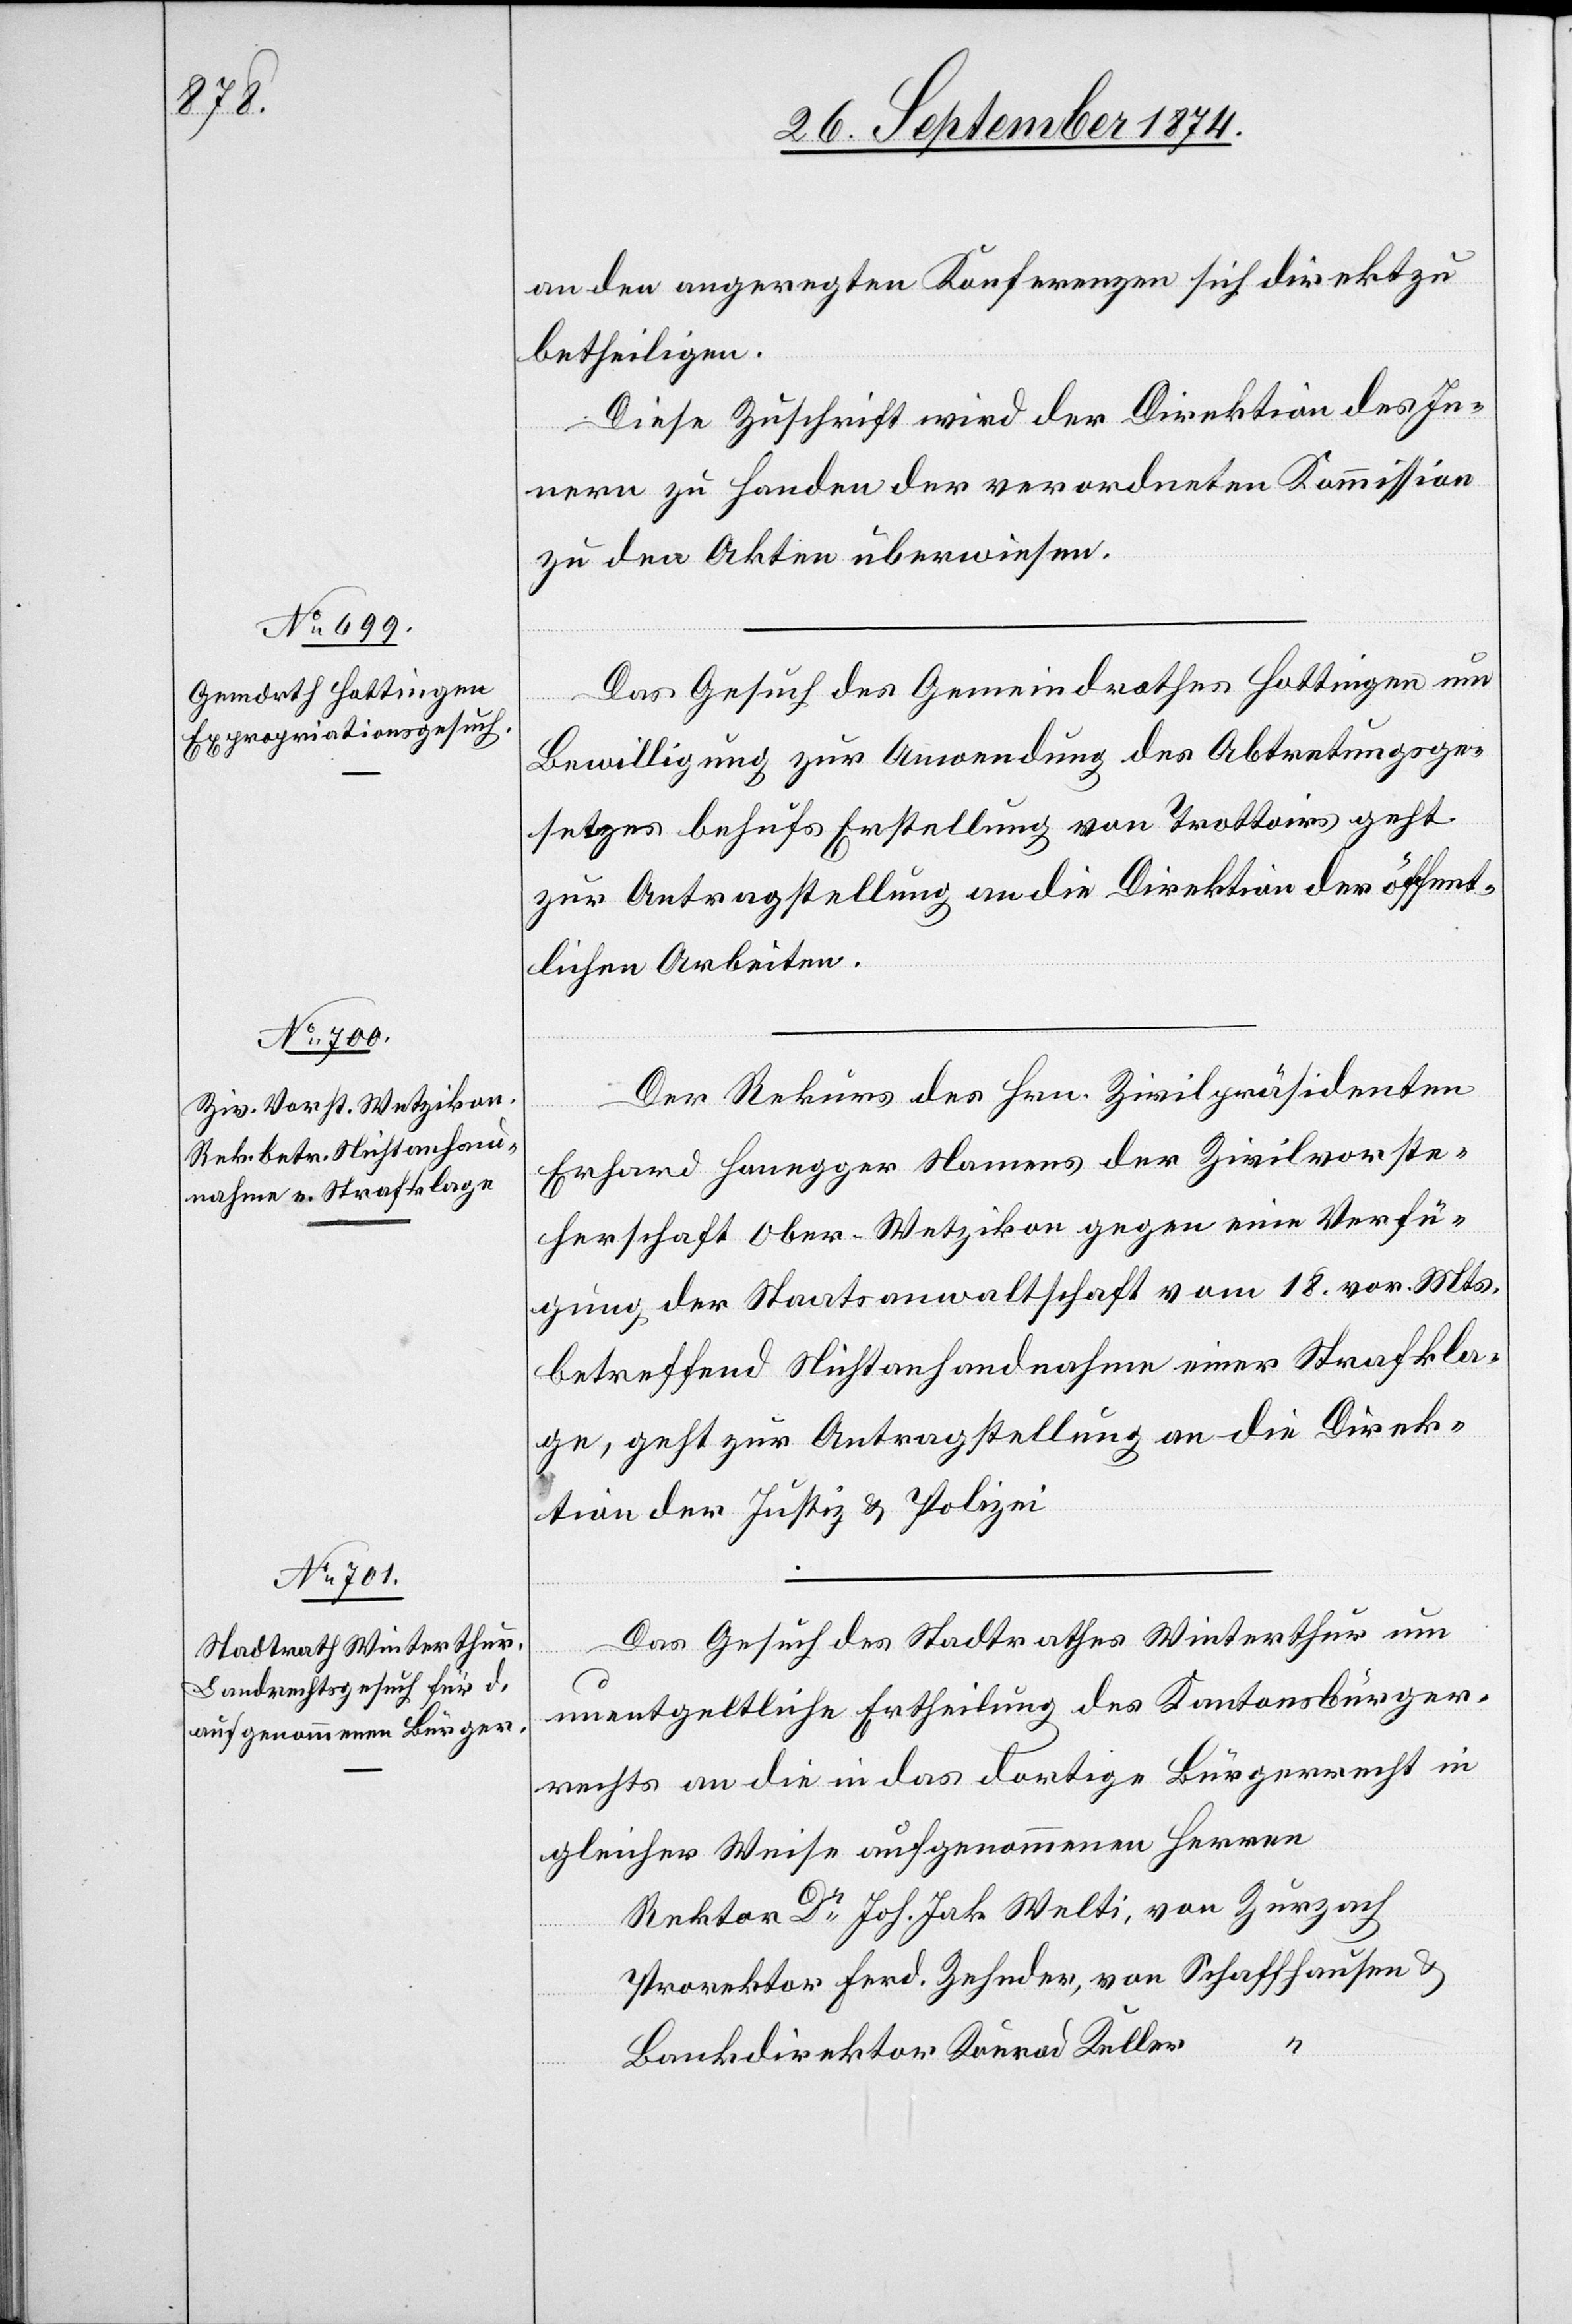
an den angeregten Konferenzen sich direkt zu
betheiligen.
Diese Zuschrift wird der Direktion des In¬
nern zu Handen der verordneten Kommission
zu den Akten überwiesen.
Das Gesuch des Gemeindrathes Hottingen um
Bewilligung zur Anwendung des Abtretungsge¬
setzes behufs Erstellung von Trottoirs geht
zur Antragstellung an die Direktion der öffent¬
lichen Arbeiten.
Der Rekurs des Hrn. Zivilpräsidenten
Erhard Honegger Namens der Zivilvorste¬
herschaft Ober-Wetzikon gegen eine Verfü¬
gung der Staatsanwaltschaft vom 18. vor. Mts.
betreffend Nichtanhandnahme einer Strafkla¬
ge, geht zur Antragstellung an die Direk¬
tion der Justiz & Polizei.
Das Gesuch des Stadtrathes Winterthur um
unentgeltliche Ertheilung des Kantonsbürger¬
rechts an die in das dortige Bürgerrecht in
gleicher Weise aufgenommenen Herren
Rektor Dr Joh. Jak. Welti, von Zurzach
Prorektor Ferd. Zehnder, von Schaffhausen &
Bankdirektor Konrad Keller